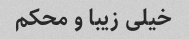
خیلی زیبا و محکم